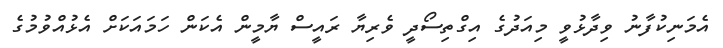
އެމަނިކުފާނު ވިދާޅުވީ މިއަދުގެ އިގްތިސޯދީ ވެރިޔާ ރައީސް ޔާމީން އެކަން ހަމައަކަށް އެޅުއްވުމުގެ